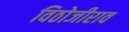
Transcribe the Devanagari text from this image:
विठोजीराव